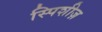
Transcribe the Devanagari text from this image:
स्पिशीज़